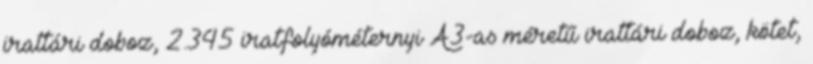
irattári doboz, 2.345 iratfolyóméternyi A3-as méretű irattári doboz, kötet,